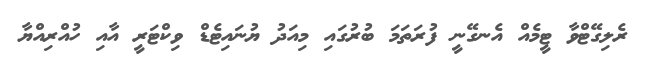
ރެލިގޭޓްވާ ޓީމެއް އެނގޭނީ ފުރަތަމަ ބުރުގައި މިއަދު ޔުނައިޓެޑް ވިކްޓަރީ އާއި ހުއްރިއްޔާ